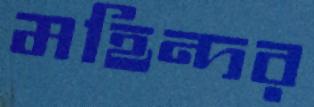
মহিন্দর